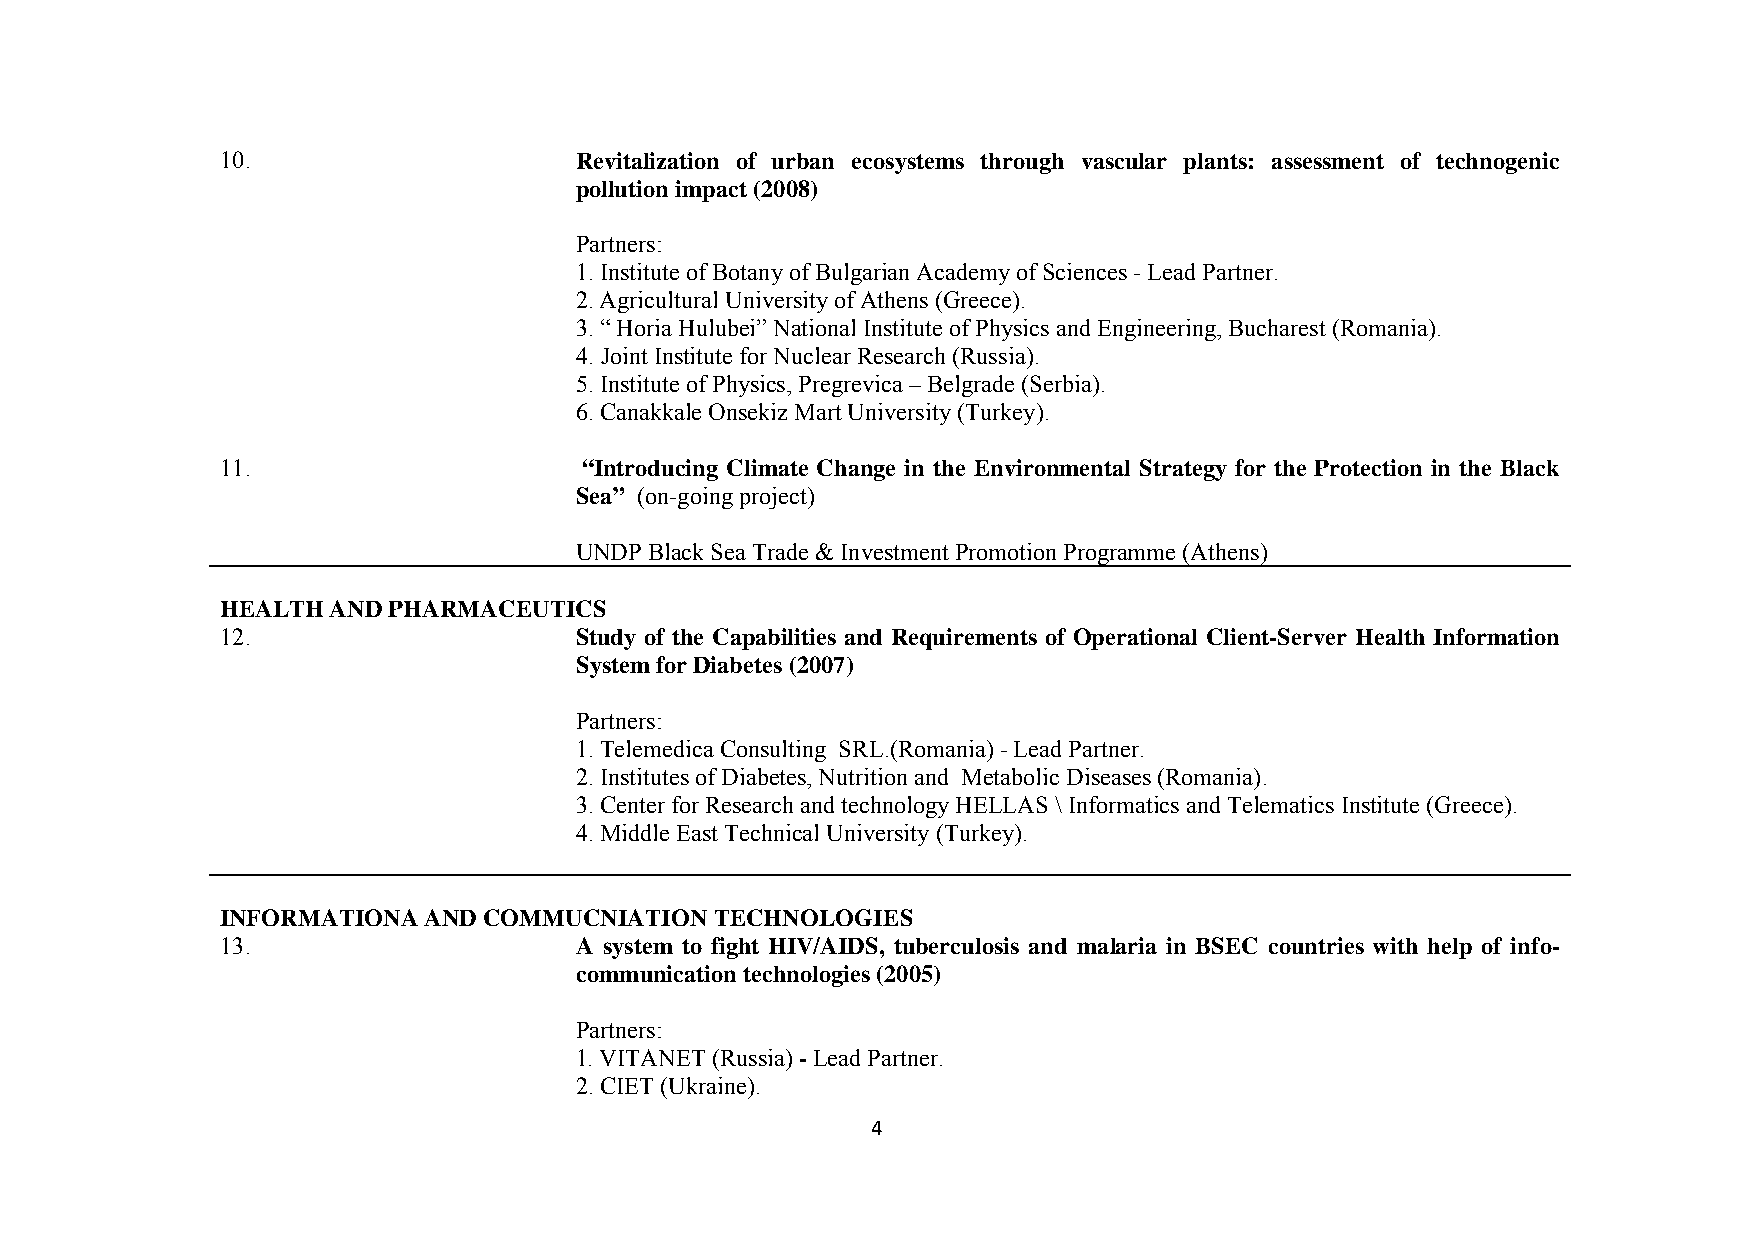
10.                    Revitalization of urban ecosystems through vascular plants: assessment of technogenic
 pollution impact (2008)
 Partners:
 1. Institute of Botany of Bulgarian Academy of Sciences - Lead Partner.
 2. Agricultural University of Athens (Greece).
 3. “ Horia Hulubei” National Institute of Physics and Engineering, Bucharest (Romania).
 4. Joint Institute for Nuclear Research (Russia).
 5. Institute of Physics, Pregrevica – Belgrade (Serbia).
 6. Canakkale Onsekiz Mart University (Turkey).
 11.                     “Introducing Climate Change in the Environmental Strategy for the Protection in the Black
 Sea” (on-going project)
 UNDP Black Sea Trade & Investment Promotion Programme (Athens)
 HEALTH AND PHARMACEUTICS
 12.                    Study of the Capabilities and Requirements of Operational Client-Server Health Information
 System for Diabetes (2007)
 Partners:
 1. Telemedica Consulting SRL.(Romania) - Lead Partner.
 2. Institutes of Diabetes, Nutrition and Metabolic Diseases (Romania).
 3. Center for Research and technology HELLAS \ Informatics and Telematics Institute (Greece).
 4. Middle East Technical University (Turkey).
 INFORMATIONA AND COMMUCNIATION  TECHNOLOGIES
 13.                    A system to fight HIV/AIDS, tuberculosis and malaria in BSEC countries with help of info-
 communication technologies (2005)
 Partners:
 1. VITANET (Russia) - Lead Partner.
 2. CIET (Ukraine).
 4